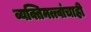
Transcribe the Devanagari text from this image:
व्यक्तिमत्त्वांचाही